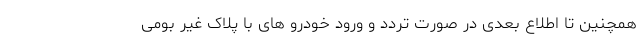
همچنین تا اطلاع بعدی در صورت تردد و ورود خودرو های با پلاک غیر بومی